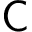
\mathsf { C }